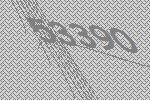
53390